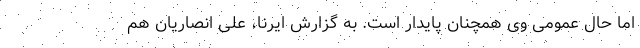
اما حال عمومی وی همچنان پایدار است. به گزارش ایرنا، علی انصاریان هم